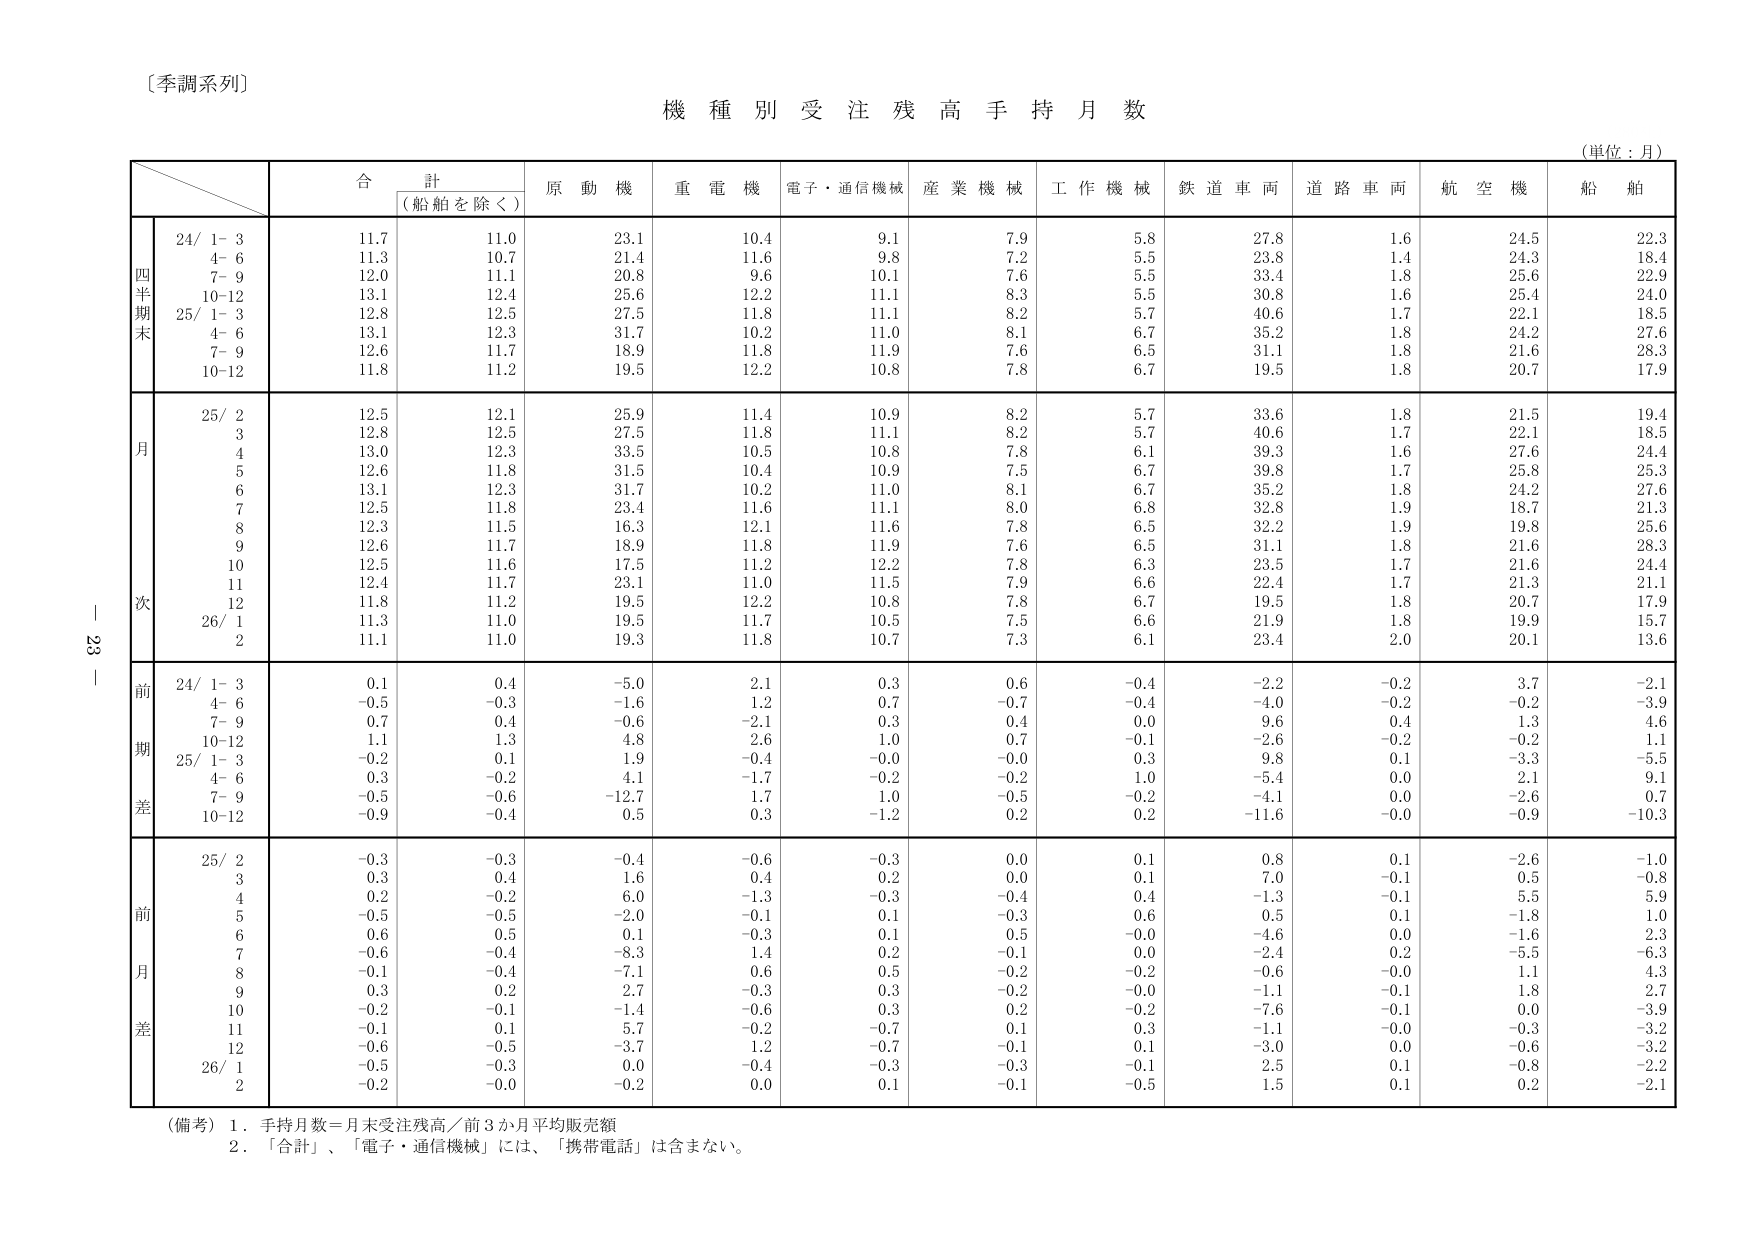
〔季調系列〕
機 種 別 受 注 残 高 手 持 月 数
（単位：月）
合 計
（船舶を除く）
原 動 機
重 電 機
電子・通信機械
産 業 機 械
工 作 機 械
鉄 道 車 両
道 路 車 両
航 空 機
船 舶
四 半 期 末
24/ 1- 3
11.7
11.0
23.1
10.4
9.1
7.9
5.8
27.8
1.6
24.5
22.3
4- 6
11.3
10.7
21.4
11.6
9.8
7.2
5.5
23.8
1.4
24.3
18.4
7- 9
12.0
11.1
20.8
9.6
10.1
7.6
5.5
33.4
1.8
25.6
22.9
10-12
13.1
12.4
25.6
12.2
11.1
8.3
5.5
30.8
1.6
25.4
24.0
25/ 1- 3
12.8
12.5
27.5
11.8
11.1
8.2
5.7
40.6
1.7
22.1
18.5
4- 6
13.1
12.3
31.7
10.2
11.0
8.1
6.7
35.2
1.8
24.2
27.6
7- 9
12.6
11.7
18.9
11.8
11.9
7.6
6.5
31.1
1.8
21.6
28.3
10-12
11.8
11.2
19.5
12.2
10.8
7.8
6.7
19.5
1.8
20.7
17.9
月 次
25/ 2
12.5
12.1
25.9
11.4
10.9
8.2
5.7
33.6
1.8
21.5
19.4
3
12.8
12.5
27.5
11.8
11.1
8.2
5.7
40.6
1.7
22.1
18.5
4
13.0
12.3
33.5
10.5
10.8
7.8
6.1
39.3
1.6
27.6
24.4
5
12.6
11.8
31.5
10.4
10.9
7.5
6.7
39.8
1.7
25.8
25.3
6
13.1
12.3
31.7
10.2
11.0
8.1
6.7
35.2
1.8
24.2
27.6
7
12.5
11.8
23.4
11.6
11.1
8.0
6.8
32.8
1.9
18.7
21.3
8
12.3
11.5
16.3
12.1
11.6
7.8
6.5
32.2
1.9
19.8
25.6
9
12.6
11.7
18.9
11.8
11.9
7.6
6.5
31.1
1.8
21.6
28.3
10
12.5
11.6
17.5
11.2
12.2
7.8
6.3
23.5
1.7
21.6
24.4
11
12.4
11.7
23.1
11.0
11.5
7.9
6.6
22.4
1.7
21.3
21.1
12
11.8
11.2
19.5
12.2
10.8
7.8
6.7
19.5
1.8
20.7
17.9
26/ 1
11.3
11.0
19.5
11.7
10.5
7.5
6.6
21.9
1.8
19.9
15.7
2
11.1
11.0
19.3
11.8
10.7
7.3
6.1
23.4
2.0
20.1
13.6
前 期 差
24/ 1- 3
0.1
0.4
-5.0
2.1
0.3
0.6
-0.4
-2.2
-0.2
3.7
-2.1
4- 6
-0.5
-0.3
-1.6
1.2
0.7
-0.7
-0.4
-4.0
-0.2
-0.2
-3.9
7- 9
0.7
0.4
-0.6
-2.1
0.3
0.4
0.0
9.6
0.4
1.3
4.6
10-12
1.1
1.3
4.8
2.6
1.0
0.7
-0.1
-2.6
-0.2
-0.2
1.1
25/ 1- 3
-0.2
0.1
1.9
-0.4
-0.0
-0.0
0.3
9.8
0.1
-3.3
-5.5
4- 6
0.3
-0.2
4.1
-1.7
-0.2
-0.2
1.0
-5.4
0.0
2.1
9.1
7- 9
-0.5
-0.6
-12.7
1.7
1.0
-0.5
-0.2
-4.1
0.0
-2.6
0.7
10-12
-0.9
-0.4
0.5
0.3
-1.2
0.2
0.2
-11.6
-0.0
-0.9
-10.3
前 月 差
25/ 2
-0.3
-0.3
-0.4
-0.6
-0.3
0.0
0.1
0.8
0.1
-2.6
-1.0
3
0.3
0.4
1.6
0.4
0.2
0.0
0.1
7.0
-0.1
0.5
-0.8
4
0.2
-0.2
6.0
-1.3
-0.3
-0.4
0.4
-1.3
-0.1
5.5
5.9
5
-0.5
-0.5
-2.0
-0.1
0.1
-0.3
0.6
0.5
0.1
-1.8
1.0
6
0.6
0.5
0.1
-0.3
0.1
0.5
-0.0
-4.6
0.0
-1.6
2.3
7
-0.6
-0.4
-8.3
1.4
0.2
-0.1
0.0
-2.4
0.2
-5.5
-6.3
8
-0.1
-0.4
-7.1
0.6
0.5
-0.2
-0.2
-0.6
-0.0
1.1
4.3
9
0.3
0.2
2.7
-0.3
0.3
-0.2
-0.0
-1.1
-0.1
1.8
2.7
10
-0.2
-0.1
-1.4
-0.6
0.3
0.2
-0.2
-7.6
-0.1
0.0
-3.9
11
-0.1
0.1
5.7
-0.2
-0.7
0.1
0.3
-1.1
-0.0
-0.3
-3.2
12
-0.6
-0.5
-3.7
1.2
-0.7
-0.1
0.1
-3.0
0.0
-0.6
-3.2
26/ 1
-0.5
-0.3
0.0
-0.4
-0.3
-0.3
-0.1
2.5
0.1
-0.8
-2.2
2
-0.2
-0.0
-0.2
0.0
0.1
-0.1
-0.5
1.5
0.1
0.2
-2.1
（備考）1．手持月数＝月末受注残高／前3か月平均販売額
2．「合計」、「電子・通信機械」には、「携帯電話」は含まない。
23 -